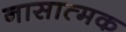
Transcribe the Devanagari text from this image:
नासात्मक